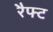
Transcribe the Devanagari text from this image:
रैफ्ट